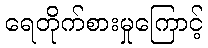
ရေတိုက်စားမှုကြောင့်